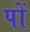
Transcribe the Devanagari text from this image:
पों